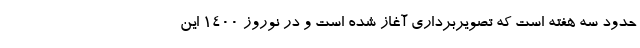
حدود سه هفته است که تصویربرداری آغاز شده است و در نوروز ۱۴۰۰ این